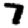
Digit: 7